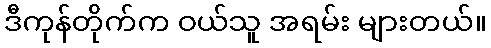
ဒီကုန်တိုက်က ဝယ်သူ အရမ်း များတယ်။